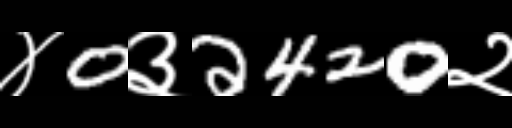
Text: ४0३2420२